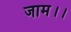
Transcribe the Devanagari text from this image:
जाम।।